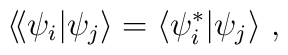
\langle\!\langle \psi_i |\psi_j \rangle =\langle \psi_i^* |\psi_j \rangle\ ,